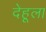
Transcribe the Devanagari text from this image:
देहूला